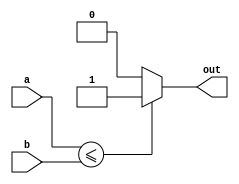
module LessThanOrEqual(
    input signed [31:0] a,
    input signed [31:0] b,
    output reg out
);

always @(*)
begin
    if(a <= b)
        out = 1;
    else
        out = 0;
end

endmodule